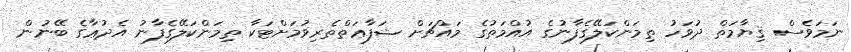
ނަމަވެސް ޤިޔާމަތް ދުވަހު ތިމަންކަލޭގެފާނުގެ އުއްމަތުގެ މައްޗަށް ޝަފާޢަތްތެރިވުމަށްޓަކާ ތިމަންކަލޭގެފާނު އެދުޢާގެ ބޭނުން